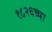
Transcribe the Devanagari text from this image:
१८२६च्या